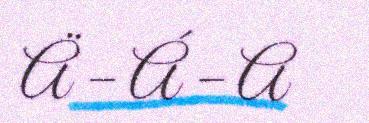
Ä – Á – A